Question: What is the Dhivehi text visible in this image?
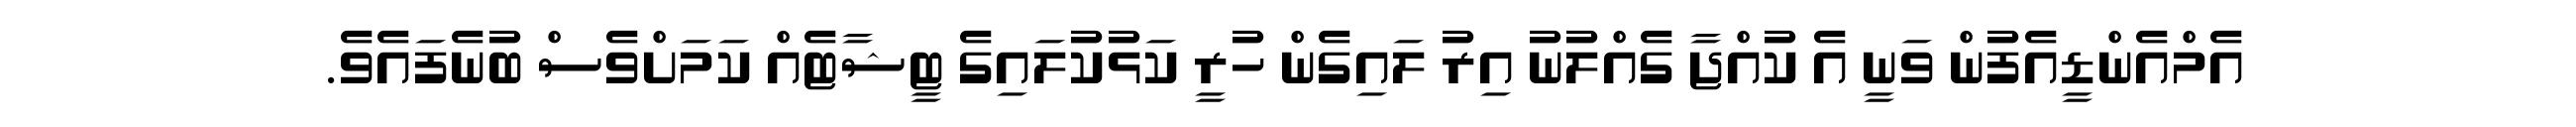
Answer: އެމްއެންޑީއެފުން ވަނީ އެ ކުއްޖާ ގެއްލުނު އިރު ލައިގެން ހުރީ ކަޅުކުލައިގެ ޓީޝާޓެއް ކަމަށްވެސް ބުނެފައެވެ.